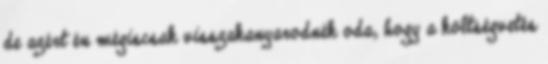
de azért én mégiscsak visszakanyarodnék oda, hogy a költségvetés